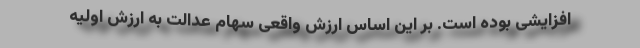
افزایشی بوده است. بر این اساس ارزش واقعی سهام عدالت به ارزش اولیه